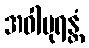
အဝါပုရန္တံ